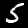
Label: 5